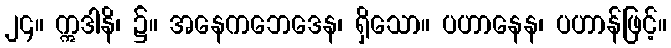
၂၄။ ဣဒါနိ၊ ၌။ အနေကဘေဒေန၊ ရှိသော။ ပဟာနေန၊ ပဟာန်ဖြင့်။